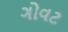
ગોવટ